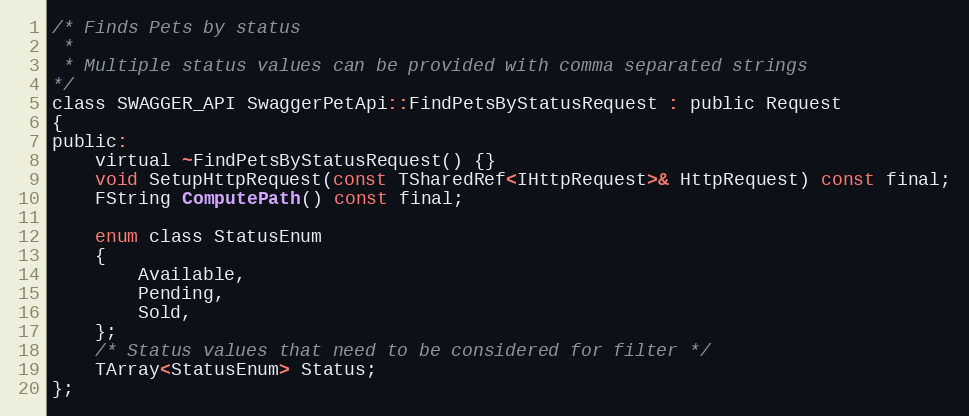
Language: C
/* Finds Pets by status
 *
 * Multiple status values can be provided with comma separated strings
*/
class SWAGGER_API SwaggerPetApi::FindPetsByStatusRequest : public Request
{
public:
    virtual ~FindPetsByStatusRequest() {}
	void SetupHttpRequest(const TSharedRef<IHttpRequest>& HttpRequest) const final;
	FString ComputePath() const final;

	enum class StatusEnum
	{
		Available,
		Pending,
		Sold,
  	};
	/* Status values that need to be considered for filter */
	TArray<StatusEnum> Status;
};